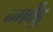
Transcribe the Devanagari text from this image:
न्गबेंडु